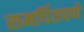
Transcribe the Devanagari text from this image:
समर्पितपणे